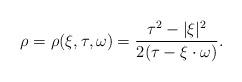
LaTeX: \begin{align*} \rho = \rho(\xi,\tau,\omega) = \frac{\tau^2 - |\xi|^2}{2(\tau - \xi \cdot \omega)}.\end{align*}